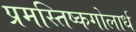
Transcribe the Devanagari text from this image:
प्रमस्तिष्कगोलार्ध